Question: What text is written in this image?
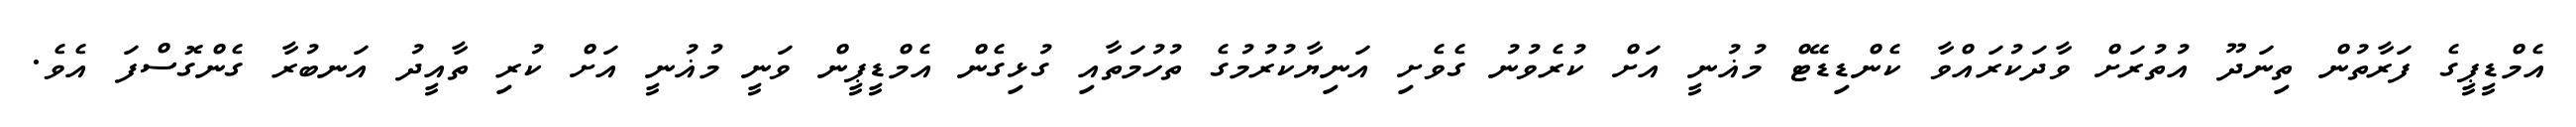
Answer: އެމްޑީޕީގެ ފަރާތުން ތިނަދޫ އުތުރަށް ވާދަކުރައްވާ ކެންޑިޑޭޓް މުޣުނީ އަށް ކުރެވުނު ގެވެށި އަނިޔާކުރުމުގެ ތުހުމަތާއި ގުޅިގެން އެމްޑީޕީން ވަނީ މުޣުނީ އަށް ކުރި ތާއީދު އަނބުރާ ގެންގޮސްފަ އެވެ.